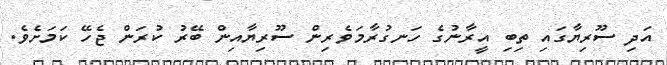
އަދި ސޫރިޔާގައި ތިބި އީރާނުގެ ހަނގުރާމަވެރިން ސޫރިޔާއިން ބޭރު ކުރަން ޖެހޭ ކަމަށެވެ.